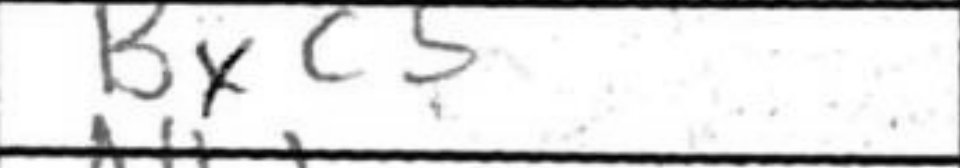
Transcription: Bxc5